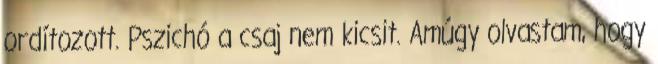
ordítozott. Pszichó a csaj nem kicsit. Amúgy olvastam, hogy